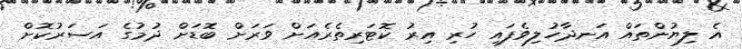
އެ ލިޔުންތައް އަނދާހުލިވެފައި ހުރި އިރު ކޮޓަރިތެރެއަށް ވަރަށް ބޮޑަށް ދުމުގެ އަސަރުކޮށް